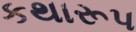
કથારૂપ